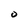
Character: O